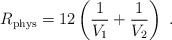
\begin{align*}R_{\rm phys}=12\left(\frac{1}{V_1}+\frac{1}{V_2}\right)\; . \end{align*}